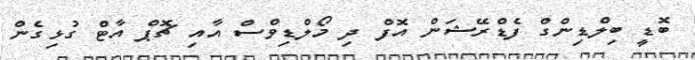
ބޮޑީ ބިލްޑިންގް ފެޑްރޭޝަން އޮފް ދި މޯލްޑިވްސް އާއި ޗޮޕް އާޓް ގުޅިގެން